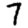
Digit: 7